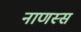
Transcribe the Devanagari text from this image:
नाणस्स